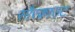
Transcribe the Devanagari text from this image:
सौरक्राउट